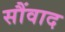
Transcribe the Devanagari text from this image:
सौंवाद